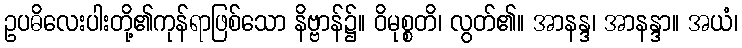
ဥပဓိလေးပါးတို့၏ကုန်ရာဖြစ်သော နိဗ္ဗာန်၌။ ဝိမုစ္စတိ၊ လွတ်၏။ အာနန္ဒ၊ အာနန္ဒာ။ အယံ၊